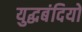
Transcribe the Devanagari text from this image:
युद्घबंदियों